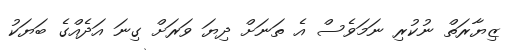
ޒިޔާރަތް ނުކުރި ނަމަވެސް އެ ތަނަށް ދިޔަ ވަރަށް ގިނަ އަދެއްގެ ބަޔަކު